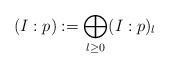
LaTeX: \begin{align*}(I:p): = \bigoplus_{l\ge 0} (I:p)_l\end{align*}